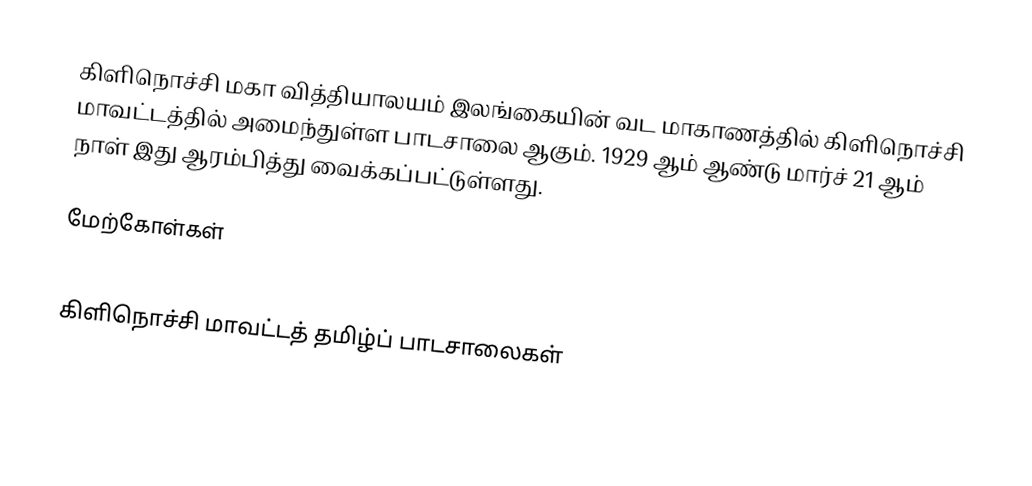
கிளிநொச்சி மகா வித்தியாலயம் இலங்கையின் வட மாகாணத்தில் கிளிநொச்சி மாவட்டத்தில் அமைந்துள்ள பாடசாலை ஆகும். 1929 ஆம் ஆண்டு மார்ச் 21 ஆம் நாள் இது ஆரம்பித்து வைக்கப்பட்டுள்ளது.

மேற்கோள்கள்

கிளிநொச்சி மாவட்டத் தமிழ்ப் பாடசாலைகள்